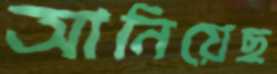
আনিয়েছ